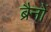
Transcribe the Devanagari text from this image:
ब्रैनों